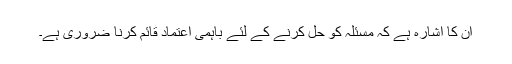
ان کا اشارہ ہے کہ مسئلہ کو حل کرنے کے لئے باہمی اعتماد قائم کرنا ضروری ہے۔